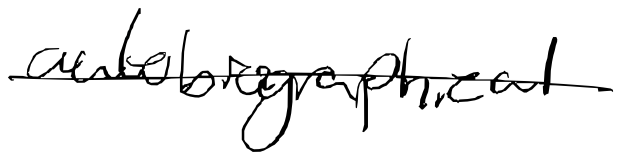
Text: autobiographical
Cross-out: single-line
Writing tool: digital_black